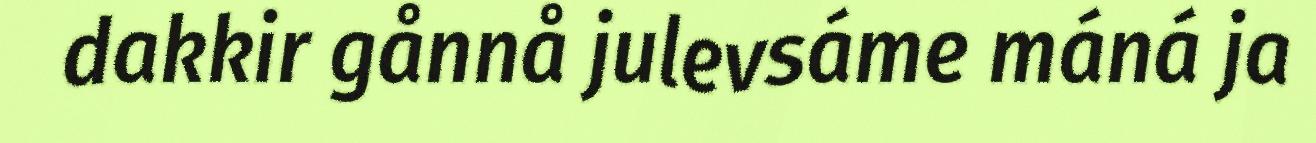
dakkir gånnå julevsáme máná ja